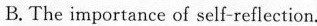
B. The importance of self-reflection.